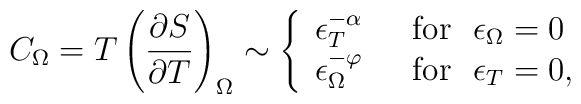
C_{\Omega} =T\left (\frac{\partial S}{\partial T}\right)_{\Omega}       \sim \left \{\begin{array}{ll}     \epsilon _T ^{-\alpha} & \ \ {\rm for}\ \ \epsilon_{\Omega}=0 \\    \epsilon_{\Omega}^{-\varphi} & \ \ {\rm for}\ \ \epsilon_T=0,\end{array} \right.